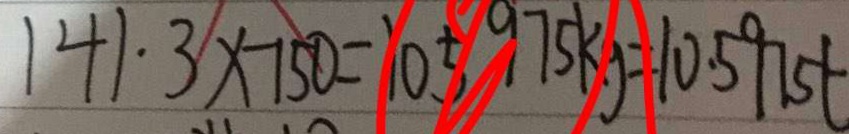
1 4 1 \cdot 3 \times - 1 5 0 = 1 0 5 . 9 7 5 k g = 1 0 . 5 9 7 5 t